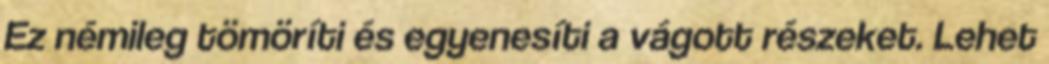
Ez némileg tömöríti és egyenesíti a vágott részeket. Lehet